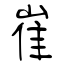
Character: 崔